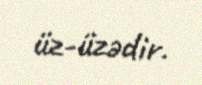
üz-üzədir.